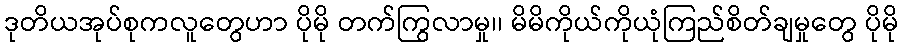
ဒုတိယအုပ်စုကလူတွေဟာ ပိုမို တက်ကြွလာမှု၊၊ မိမိကိုယ်ကိုယုံကြည်စိတ်ချမှုတွေ ပိုမို